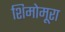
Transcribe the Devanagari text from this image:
शिमोमूरा